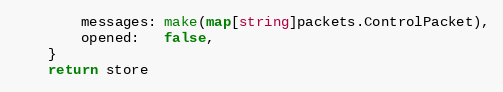
Language: Go
		messages: make(map[string]packets.ControlPacket),
		opened:   false,
	}
	return store